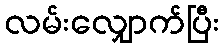
လမ်းလျှောက်ပြီး